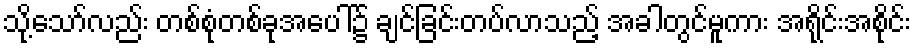
သို့သော်လည်း တစ်စုံတစ်ခုအပေါ်၌ ချင်ခြင်းတပ်လာသည့် အခါတွင်မူကား အရိုင်းအစိုင်း